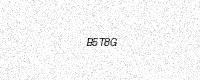
Text: B5T8G